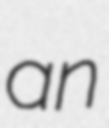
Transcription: an